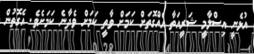
އުޅެނީ އިސްލާމީ ޝަރީއަތާ އެއްގޮތަށް ކަމަށް ވާތީ ކަމަށް ވެދާނެ ކަމަށެވެ. އެގޮތުން